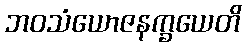
ဘဝသံယောဇနက္ခယေတိ